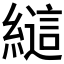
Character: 𰫲